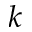
k